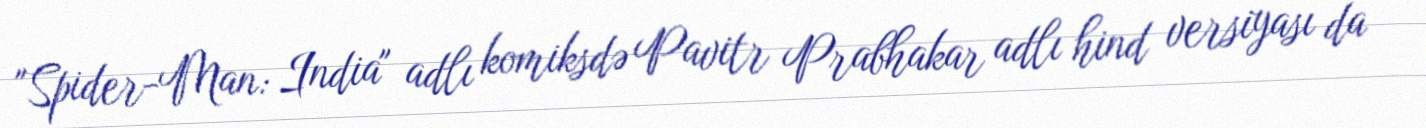
"Spider-Man: India" adlı komiksdə Pavitr Prabhakar adlı hind versiyası da